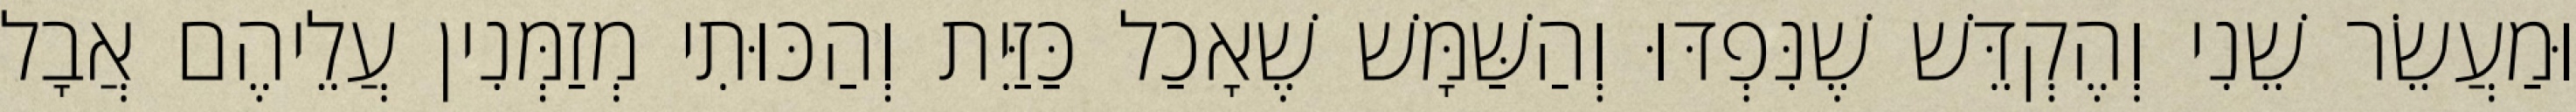
וּמַעֲשֵׂר שֵׁנִי וְהֶקְדֵּשׁ שֶׁנִּפְדּוּ וְהַשַּׁמָּשׁ שֶׁאָכַל כַּזַּיִת וְהַכּוּתִי מְזַמְּנִין עֲלֵיהֶם אֲבָל